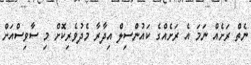
ނެތް ރަށެއް ނަމަ އެ ރަށެއްގެ ކައުންސިލް އިދާރާ މެދުވެރިކޮށް މި ސާވިސްއަށް